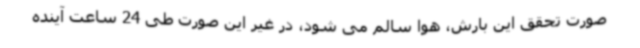
صورت تحقق این بارش، هوا سالم می شود، در غیر این صورت طی 24 ساعت آینده